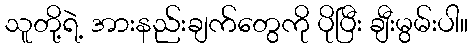
သူတို့ရဲ့ အားနည်းချက်တွေကို ပိုပြီး ချီးမွမ်းပါ။